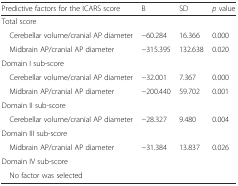
<table><thead><tr><td><b>Predictive factors for the ICARS score</b></td><td><b>B</b></td><td><b>SD</b></td><td><b><i>p</i> value</b></td></tr></thead><tbody><tr><td colspan="4">Total score</td></tr><tr><td> Cerebellar volume/cranial AP diameter</td><td>−60.284</td><td>16.366</td><td>0.000</td></tr><tr><td> Midbrain AP/cranial AP diameter</td><td>−315.395</td><td>132.638</td><td>0.020</td></tr><tr><td colspan="4">Domain I sub-score</td></tr><tr><td> Cerebellar volume/cranial AP diameter</td><td>−32.001</td><td>7.367</td><td>0.000</td></tr><tr><td> Midbrain AP/cranial AP diameter</td><td>−200.440</td><td>59.702</td><td>0.001</td></tr><tr><td colspan="4">Domain II sub-score</td></tr><tr><td> Cerebellar volume/cranial AP diameter</td><td>−28.327</td><td>9.480</td><td>0.004</td></tr><tr><td colspan="4">Domain III sub-score</td></tr><tr><td> Midbrain AP/cranial AP diameter</td><td>−31.384</td><td>13.837</td><td>0.026</td></tr><tr><td colspan="4">Domain IV sub-score</td></tr><tr><td> No factor was selected</td><td></td><td></td><td></td></tr></tbody></table>